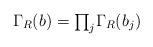
LaTeX: \begin{align*}\Gamma_R(b)=\mbox{$\prod_j$}\Gamma_R(b_j)\end{align*}